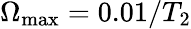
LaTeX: \Omega_{\textrm{max}}=0.01/T_{2}